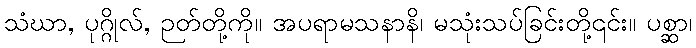
သံဃာ, ပုဂ္ဂိုလ်, ဉတ်တို့ကို။ အပရာမသနာနိ၊ မသုံးသပ်ခြင်းတို့၎င်း။ ပစ္ဆာ၊